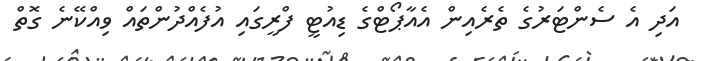
އަދި އެ ސެންޓަރުގެ ތެރެއިން އެއާޕޯޓްގެ ޑިއުޓީ ފްރީގައި އުފެއްދުންތައް ވިއްކޭނެ ގޮތް